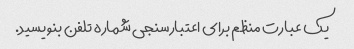
یک عبارت منظم برای اعتبارسنجی شماره تلفن بنویسید.